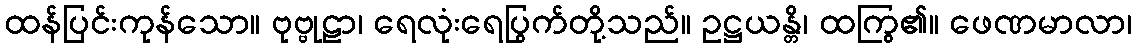
ထန်ပြင်းကုန်သော။ ဗုဗ္ဗုဠာ၊ ရေလုံးရေပြွက်တို့သည်။ ဥဋ္ဌယန္တိ၊ ထကြွ၏။ ဖေဏမာလာ၊